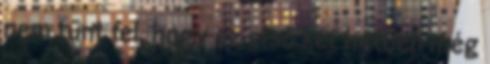
nem tűnt fel, hogy az első két hétben még